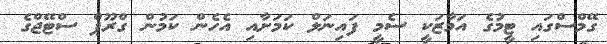
ގޭމްސްގައި ޓީމުގެ އަމާޒަކީ ސެމީ ފައިނަލް ކަމަށާއި އެހެން ކަމުން ގްރޫޕް ސްޓޭޖްގެ